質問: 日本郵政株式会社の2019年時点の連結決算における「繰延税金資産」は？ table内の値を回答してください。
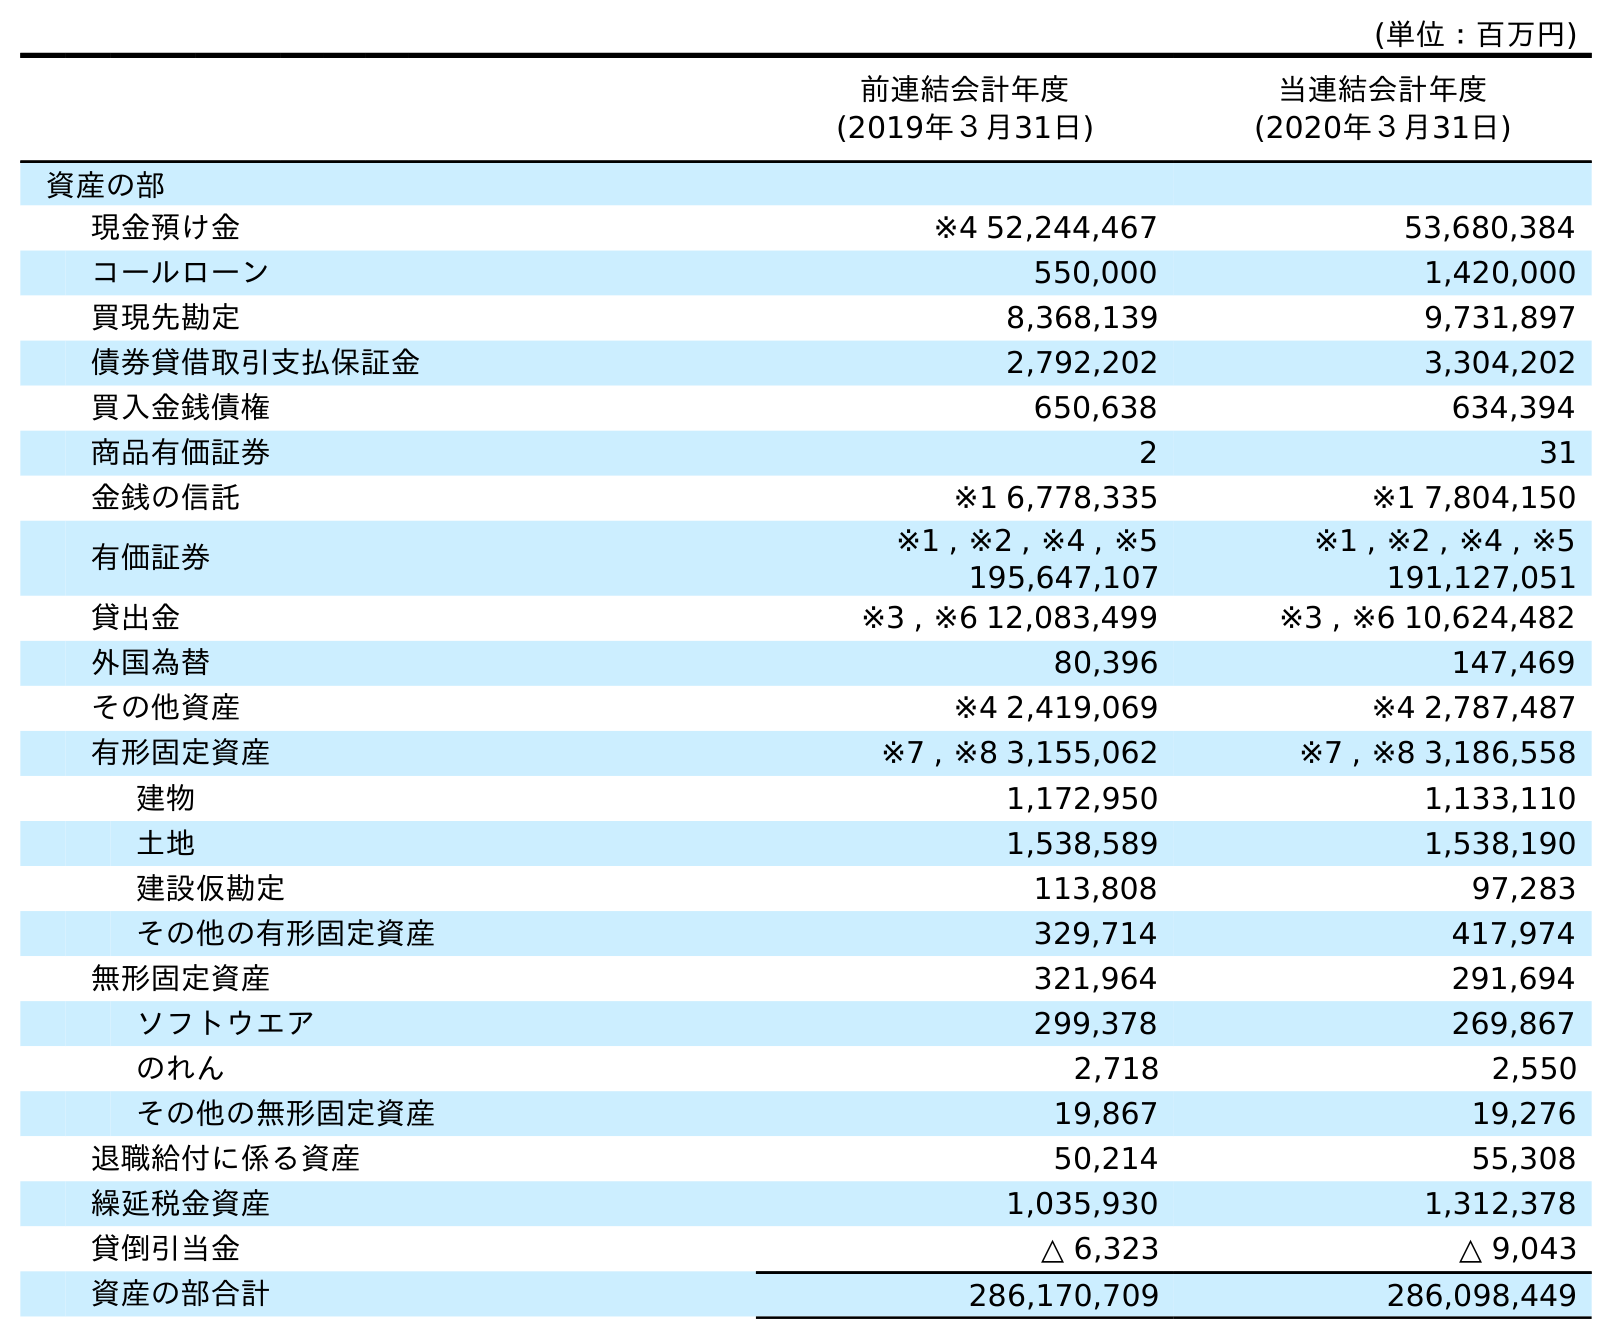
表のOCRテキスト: (単位：百万円) 前連結会計年度 (2019年３月31日) 当連結会計年度 (2020年３月31日) 資産の部 現金預け金 ※4 52,244,467 53,680,384 コールローン 550,000 1,420,000 買現先勘定 8,368,139 9,731,897 債券貸借取引支払保証金 2,792,202 3,304,202 買入金銭債権 650,638 634,394 商品有価証券 2 31 金銭の信託 ※1 6,778,335 ※1 7,804,150 有価証券 ※1 , ※2 , ※4 , ※5 195,647,107 ※1 , ※2 , ※4 , ※5 191,127,051 貸出金 ※3 , ※6 12,083,499 ※3 , ※6 10,624,482 外国為替 80,396 147,469 その他資産 ※4 2,419,069 ※4 2,787,487 有形固定資産 ※7 , ※8 3,155,062 ※7 , ※8 3,186,558 建物 1,172,950 1,133,110 土地 1,538,589 1,538,190 建設仮勘定 113,808 97,283 その他の有形固定資産 329,714 417,974 無形固定資産 321,964 291,694 ソフトウエア 299,378 269,867 のれん 2,718 2,550 その他の無形固定資産 19,867 19,276 退職給付に係る資産 50,214 55,308 繰延税金資産 1,035,930 1,312,378 貸倒引当金 △ 6,323 △ 9,043 資産の部合計 286,170,709 286,098,449
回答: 1,035,930